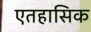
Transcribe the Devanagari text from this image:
एतहासिक